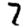
Digit: 7